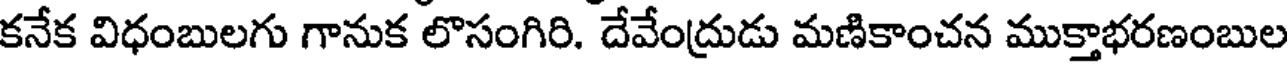
కనేక విధంబులగు గానుక లొసంగిరి. దేవేంద్రుడు మణికాంచన ముక్తాభరణంబుల